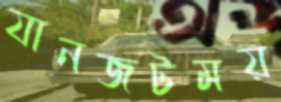
যানজটময়